Civil Veterinary Dept. Bombay admin report 1907-1913 - 1907-1913
Year: 1907
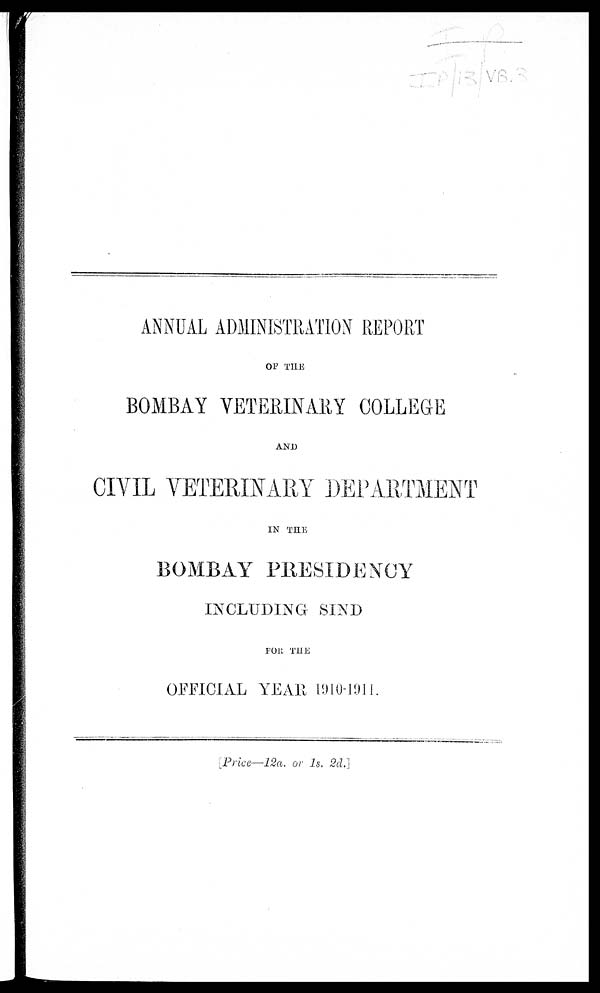
ANNUAL ADMINISTRATION REPORT
OF THE
BOMBAY VETERINARY COLLEGE
AND
CIVIL VETERINARY DEPARTMENT
IN THE
BOMBAY PRESIDENCY
INCLUDING SIND
FOR THE
OFFICIAL YEAR 1910-1911.
Price—12a. or 1s. 2d.]